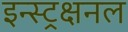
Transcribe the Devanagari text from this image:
इन्स्ट्रक्षनल